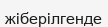
жіберілгенде